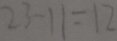
2 3 - 1 1 = 1 2